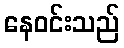
နေဝင်းသည်